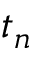
t _ { n }